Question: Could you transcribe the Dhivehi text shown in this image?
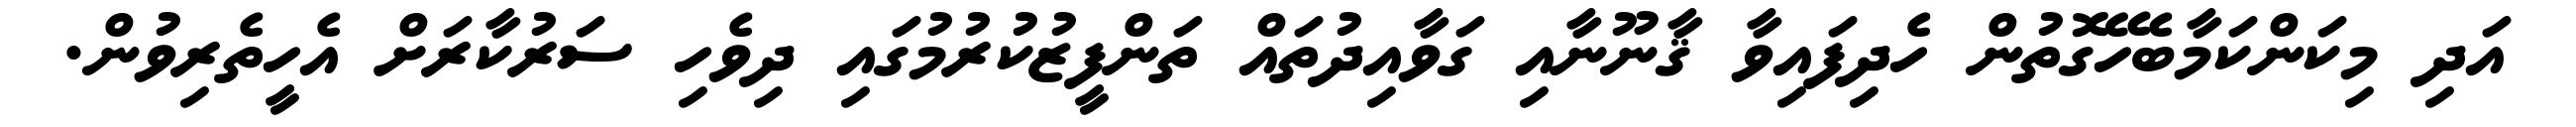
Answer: އަދި މިކަންކަމާބެހޭގޮތުން ހެދިފައިވާ ޤާނޫނާއި ގަވާއިދުތައް ތަންފީޒުކުރުމުގައި ދިވެހި ސަރުކާރަށް އެހީތެރިވުން.